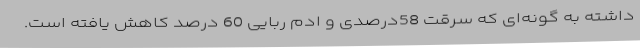
داشته به گونه‌ای که سرقت 58درصدی و ادم ربایی 60 درصد کاهش یافته است.